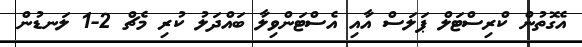
އެގޮތުން ކްރިސްޓަލް ޕަލަސް އާއި އެސްޓަންވިލާ ބައްދަލު ކުރި މެޗް 2-1 ލަނޑުން